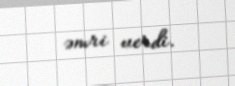
əmri verdi.